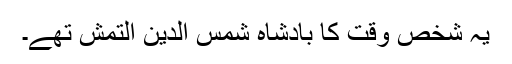
یہ شخص وقت کا بادشاہ شمس الدین التمش تھے۔